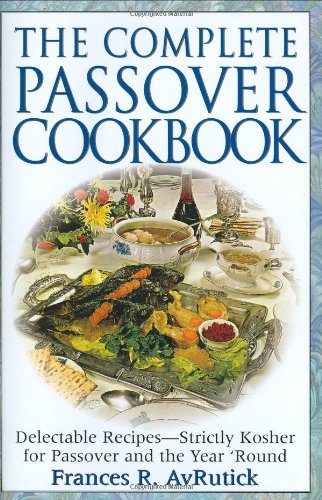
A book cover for The Complete Passover Cookbook; Frances R. Avrutick; Cookbooks, Food & Wine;